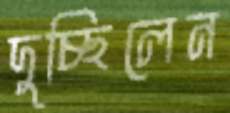
দুচ্ছিলেন